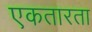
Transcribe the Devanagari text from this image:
एकतारता